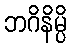
ဘဂိနိမ္ပိ